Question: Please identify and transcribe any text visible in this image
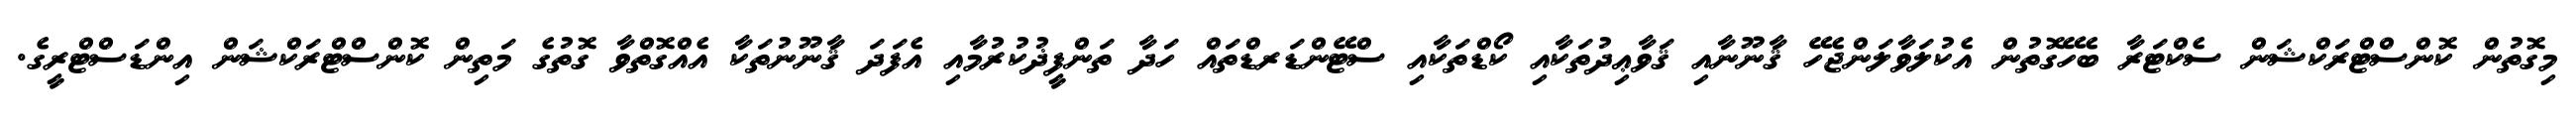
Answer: މިގޮތުން ކޮންސްޓްރަކްޝަން ސެކްޓަރާ ބެހޭގޮތުން އެކުލަވާލަންޖެހޭ ޤާނޫނާއި ޤަވާޢިދުތަކާއި ކޯޑްތަކާއި ސްޓޭންޑަރޑްތައް ހަދާ ތަންފީޛުކުރުމާއި އެފަދަ ޤާނޫނުތަކާ އެއްގޮތްވާ ގޮތުގެ މަތިން ކޮންސްޓްރަކްޝަން އިންޑަސްޓްރީގެ.